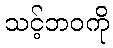
သင့်ဘဝကို